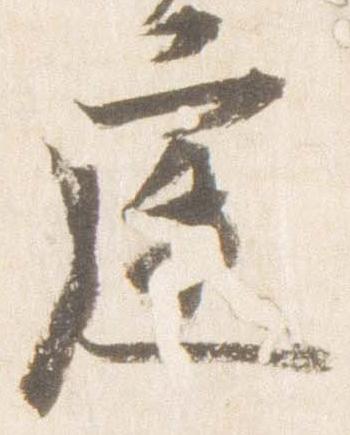
庭